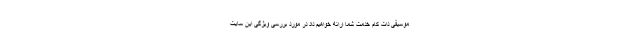
موسیقی دات کام خدمت شما ارائه خواهیم داد در مورد بررسی ویژگی این سایت